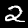
Label: 2